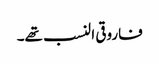
فاروقی النسب تھے۔